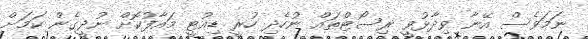
ނަމަވެސް އޭނާ ވިދާޅުވީ ރިސޯޓްތައް ނުހެދި ހުރީ ޑިއުޓީ މައާފުކޮށް ނުދީގެން ކަމަށް